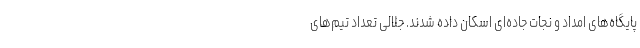
پایگاه‌های امداد و نجات جاده‌ای اسکان داده شدند. جلالی تعداد تیم‌های